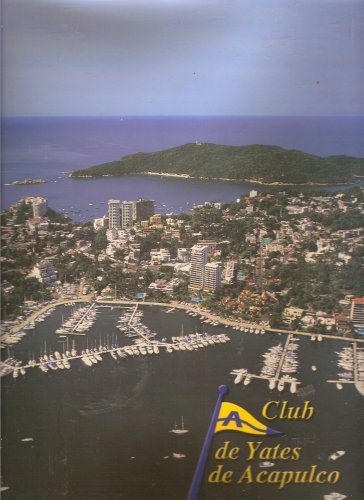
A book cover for Club de Yates de Acapulco; Eduardo Sandoval; Travel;